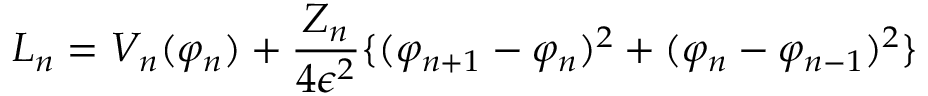
{ \cal L } _ { n } = V _ { n } ( \varphi _ { n } ) + \frac { Z _ { n } } { 4 \epsilon ^ { 2 } } \{ ( \varphi _ { n + 1 } - \varphi _ { n } ) ^ { 2 } + ( \varphi _ { n } - \varphi _ { n - 1 } ) ^ { 2 } \}